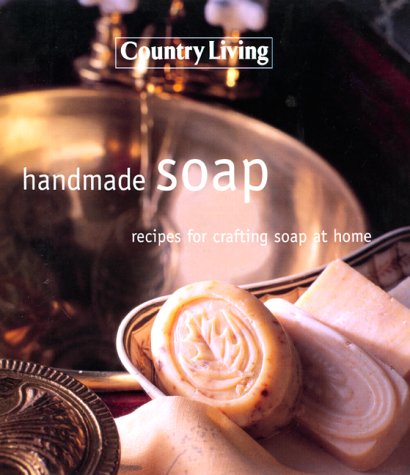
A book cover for Handmade Soap: Recipes For Crafting Soap At Home ( Country Living); Mike Hulbert; Crafts, Hobbies & Home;